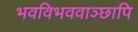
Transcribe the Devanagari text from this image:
भवविभववाञ्छापि